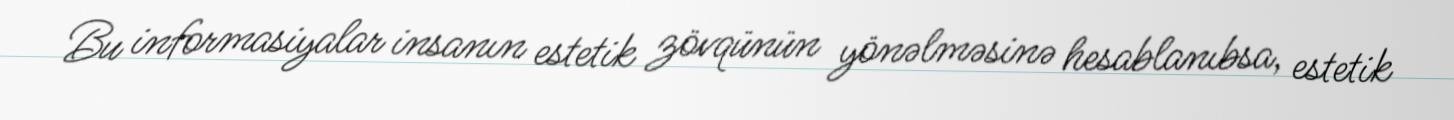
Bu informasiyalar insanın estetik zövqünün yönəlməsinə hesablanıbsa, estetik